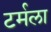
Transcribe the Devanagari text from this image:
टर्मला